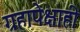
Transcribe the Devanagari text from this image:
ग्रहापेक्षाही